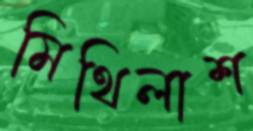
মিথিলাশ